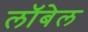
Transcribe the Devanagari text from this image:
लॉबेल